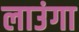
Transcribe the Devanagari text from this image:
लाउंगा